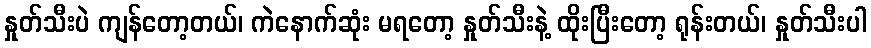
နှုတ်သီးပဲ ကျန်တော့တယ်၊ ကဲနောက်ဆုံး မရတော့ နှုတ်သီးနဲ့ ထိုးပြီးတော့ ရုန်းတယ်၊ နှုတ်သီးပါ